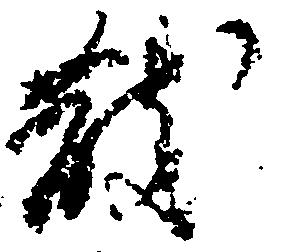
散